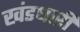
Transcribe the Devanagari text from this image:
खंडधारी